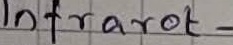
Text: Infrarot-